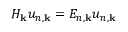
H _ { \mathbf { k } } u _ { n , \mathbf { k } } = E _ { n , \mathbf { k } } u _ { n , \mathbf { k } }